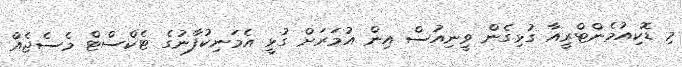
މި ޑޮކިއުމެންޓްރީއާ ގުޅިގެން ވީނިއުސް އިން އުމަރަށް ގުޅީ އެމަނިކުފާނުގެ ޓެކްސްޓް މެސެޖެއް